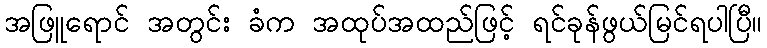
အဖြူရောင် အတွင်း ခံက အထုပ်အထည်ဖြင့် ရင်ခုန်ဖွယ်မြင်ရပါပြီ။